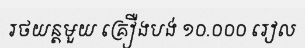
រថយន្តមួយ គ្រឿងបង់ ១០.០០០ រៀល